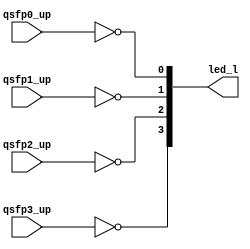
module status_leds
(
    input qsfp0_up, qsfp1_up, qsfp2_up, qsfp3_up,

    output[3:0] led_l
);

assign led_l  = { ~qsfp3_up, ~qsfp2_up, ~qsfp1_up, ~qsfp0_up};

endmodule